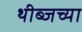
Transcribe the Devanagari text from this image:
थीब्जच्या